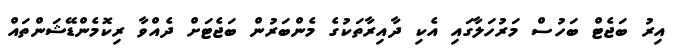
އިރު ބަޖެޓް ބަހުސް މަރުހަލާގައި އެކި ދާއިރާތަކުގެ މެންބަރުން ބަޖެޓަށް ދެއްވާ ރިކޮމެންޑޭޝަންތައް